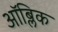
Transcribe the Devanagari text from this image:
ऑब्लिक